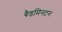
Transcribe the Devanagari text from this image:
बैडमिनटन